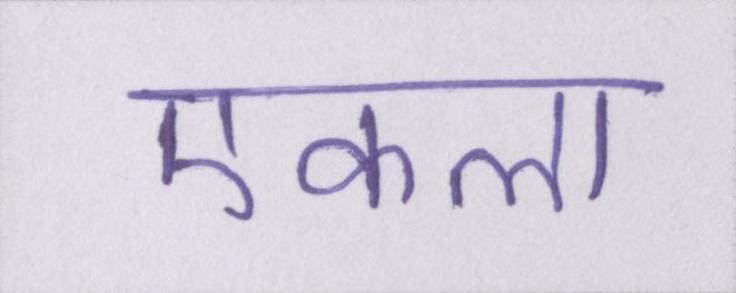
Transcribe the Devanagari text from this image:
एकला